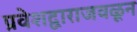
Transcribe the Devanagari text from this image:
प्रवेशद्वाराजवळून